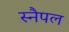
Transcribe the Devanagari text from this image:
स्नैपल